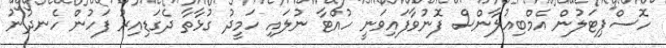
ހޮސްޕިޓަލުން އެމްބިއުލާންސް ފޮނުވާފައިވަނީ ހުއްޓާ ނުލައި ހަމީދު ގުޅާތާ ދެގަޑިއިރު ފަހުން ހެނދުނު